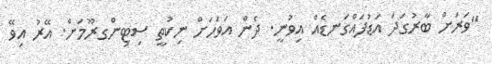
"ވަރަށް ބާރުގަދަ އަޑުފައްގަނޑެއް އިވުނީ. ދެން އަވަހަށް ނިކުތީ ސިޓިންގރޫމަށް. އޭރު އިވޭ